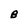
Character: B